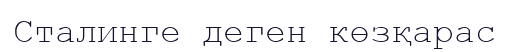
Сталинге деген көзқарас